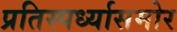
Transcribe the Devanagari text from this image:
प्रतिस्पर्ध्यासमोर